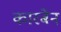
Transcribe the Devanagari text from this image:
कारबेन